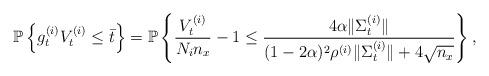
LaTeX: \begin{align*}\mathbb{P}\left\{ g^{(i)}_t V^{(i)}_t\leq \bar{t}\right\} = \mathbb{P}\left\{ \frac{V^{(i)}_t}{N_i n_x} - 1 \leq \frac{4\alpha \|\Sigma^{(i)}_t\|}{(1-2\alpha)^2\rho^{(i)} \| \Sigma^{(i)}_t\|+ 4\sqrt{n_x}}\right\},\end{align*}